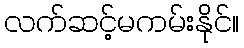
လက်ဆင့်မကမ်းနိုင်။